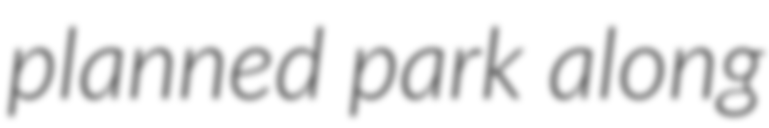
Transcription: planned park along